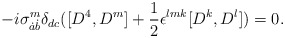
\begin{align*}-i\sigma^m_{\dot a\dot b}\delta_{dc}([D^4,D^m]+{1\over2}\epsilon^{lmk}[D^k,D^l])=0.\end{align*}